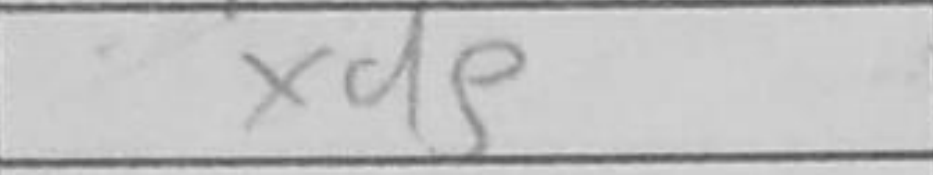
Transcription: cxd4